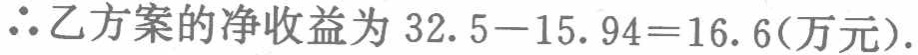
\(\therefore 乙方案的净收益为\ 32.5 - 15.94 = 16.6(万元).\)